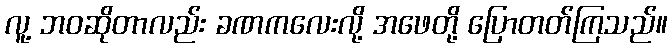
လူ့ ဘဝဆိုတာလည်း ခဏကလေးလို့ အဖေတို့ ပြောတတ်ကြသည်။